Report of the Indian Hemp Drugs Commission, 1894-1895 - Volume I
Year: 1894
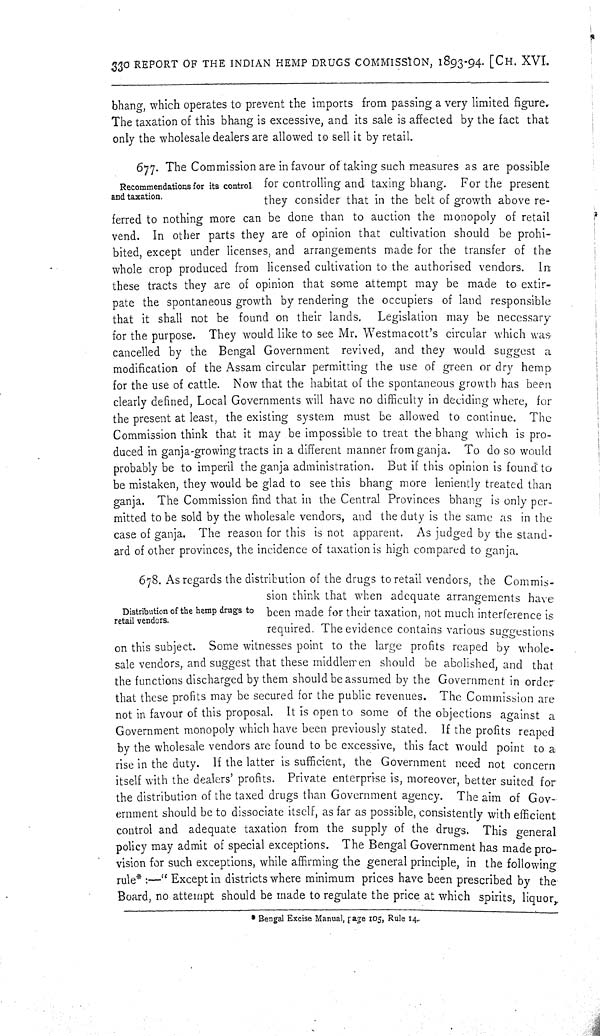
330 REPORT OF THE INDIAN HEMP DRUGS COMMISSION, 1893-94. [CH. XVI.
bhang, which operates to prevent the imports from passing a very limited figure.
The taxation of this bhang is excessive, and its sale is affected by the fact that
only the wholesale dealers are allowed to sell it by retail.
Recommendations for its control
and taxation.
677. The Commission are in favour of taking such measures as are possible
for controlling and taxing bhang. For the present
they consider that in the belt of growth above re-
ferred to nothing more can be done than to auction the monopoly of retail
vend. In other parts they are of opinion that cultivation should be prohi-
bited, except under licenses, and arrangements made for the transfer of the
whole crop produced from licensed cultivation to the authorised vendors.
In
these tracts they are of opinion that some attempt may be made to extir-
pate the spontaneous growth by rendering the occupiers of land responsible
that it shall not be found on their lands. Legislation may be necessary
for the purpose. They would like to see Mr. Westmacott's circular which was
cancelled by the Bengal Government revived, and they would suggest a
modification of the Assam circular permitting the use of green or dry hemp
for the use of cattle. Now that the habitat of the spontaneous growth has been
clearly defined, Local Governments will have no difficulty in deciding where, for
the present at least, the existing system must be allowed to continue. The
Commission think that it may be impossible to treat the bhang which is pro-
duced in ganja-growing tracts in a different manner from ganja. To do so would
probably be to imperil the ganja administration. But if this opinion is found to
be mistaken, they would be glad to see this bhang more leniently treated than
ganja. The Commission find that in the Central Provinces bhang is only per-
mitted to be sold by the wholesale vendors, and the duty is the same as in the
case of ganja. The reason for this is not apparent. As judged by the stand-
ard of other provinces, the incidence of taxation is high compared to ganja.
Distribution of the hemp drugs to
retail vendors.
678. As regards the distribution of the drugs to retail vendors, the Commis-
sion think that when adequate arrangements have
been made for their taxation, not much interference is
required. The evidence contains various suggestions
on this subject. Some witnesses point to the large profits reaped by whole-
sale vendors, and suggest that these middlemen should be abolished, and that
the functions discharged by them should be assumed by the Government in order
that these profits may be secured for the public revenues. The Commission are
not in favour of this proposal. It is open to some of the objections against a
Government monopoly which have been previously stated. If the profits reaped
by the wholesale vendors are found to be excessive, this fact would point to a
rise in the duty. If the latter is sufficient, the Government need not concern
itself with the dealers' profits. Private enterprise is, moreover, better suited for
the distribution of the taxed drugs than Government agency. The aim of Gov-
ernment should be to dissociate itself, as far as possible, consistently with efficient
control and adequate taxation from the supply of the drugs. This general
policy may admit of special exceptions. The Bengal Government has made pro-
vision for such exceptions, while affirming the general principle, in the following
rule*:—" Except in districts where minimum prices have been prescribed by the
Board, no attempt should be made to regulate the price at which spirits, liquor,
* Bengal Excise Manual, page 105, Rule 14.